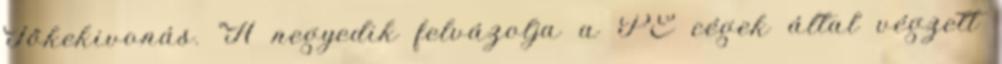
Tőkekivonás. "A negyedik felvázolja a PE cégek által végzett